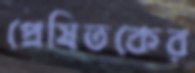
প্রেষিতকের